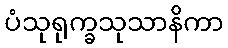
ပံသုရုက္ခသုသာနိကာ